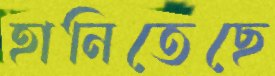
হানিতেছে